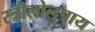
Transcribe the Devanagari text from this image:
स्त्रीलोलुपाय